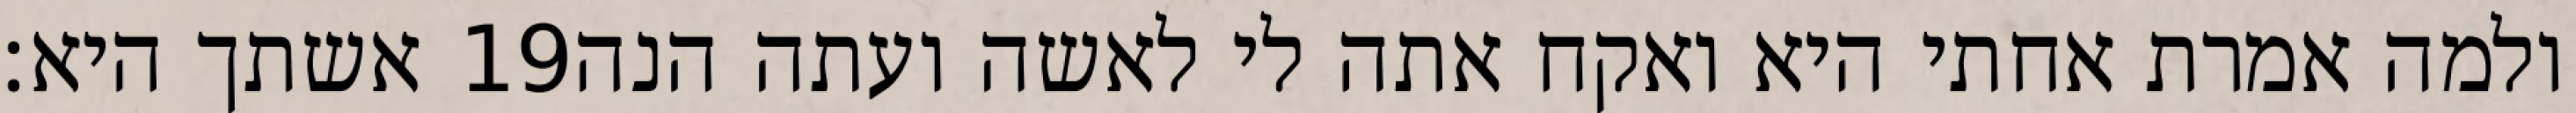
אשתך היא׃ ‎19‏ ולמה אמרת אחתי היא ואקח אתה לי לאשה ועתה הנה